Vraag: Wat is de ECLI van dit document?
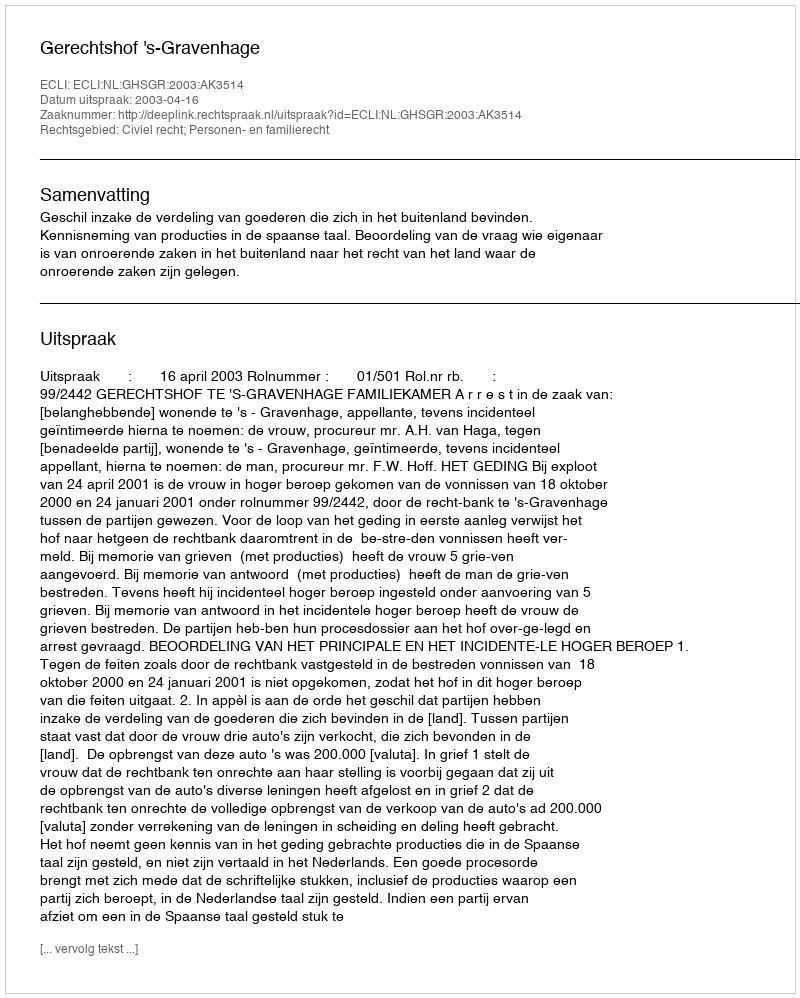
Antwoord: ECLI:NL:GHSGR:2003:AK3514